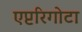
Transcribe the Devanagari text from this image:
एप्टरिगोटा